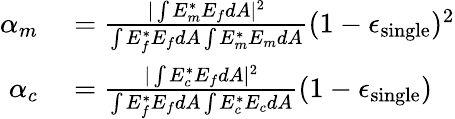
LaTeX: \begin{array}{rl}{\alpha_{m}}&{{}=\frac{|\int E_{m}^{*}E_{f}dA|^{2}}{\int E_{f}^{*}E_{f}dA\int E_{m}^{*}E_{m}dA}(1-\epsilon_{\mathrm{single}})^{2}}\\ {\alpha_{c}}&{{}=\frac{|\int E_{c}^{*}E_{f}dA|^{2}}{\int E_{f}^{*}E_{f}dA\int E_{c}^{*}E_{c}dA}(1-\epsilon_{\mathrm{single}})}\end{array}